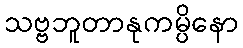
သဗ္ဗဘူတာနုကမ္ပိနော